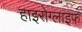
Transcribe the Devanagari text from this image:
हाइरोग्लाइफ